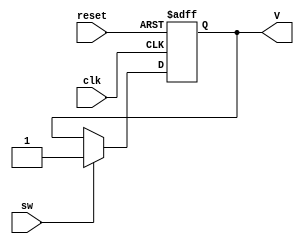
module sword(sw,reset,clk,V);
input sw,reset,clk;
output V;
reg V=0;
always @ (posedge clk, negedge reset)
	begin
		if (~reset) V<=1'b0;
			else begin
					if (sw) V<=1'b1;
						else V<=V;
				end
	end
endmodule